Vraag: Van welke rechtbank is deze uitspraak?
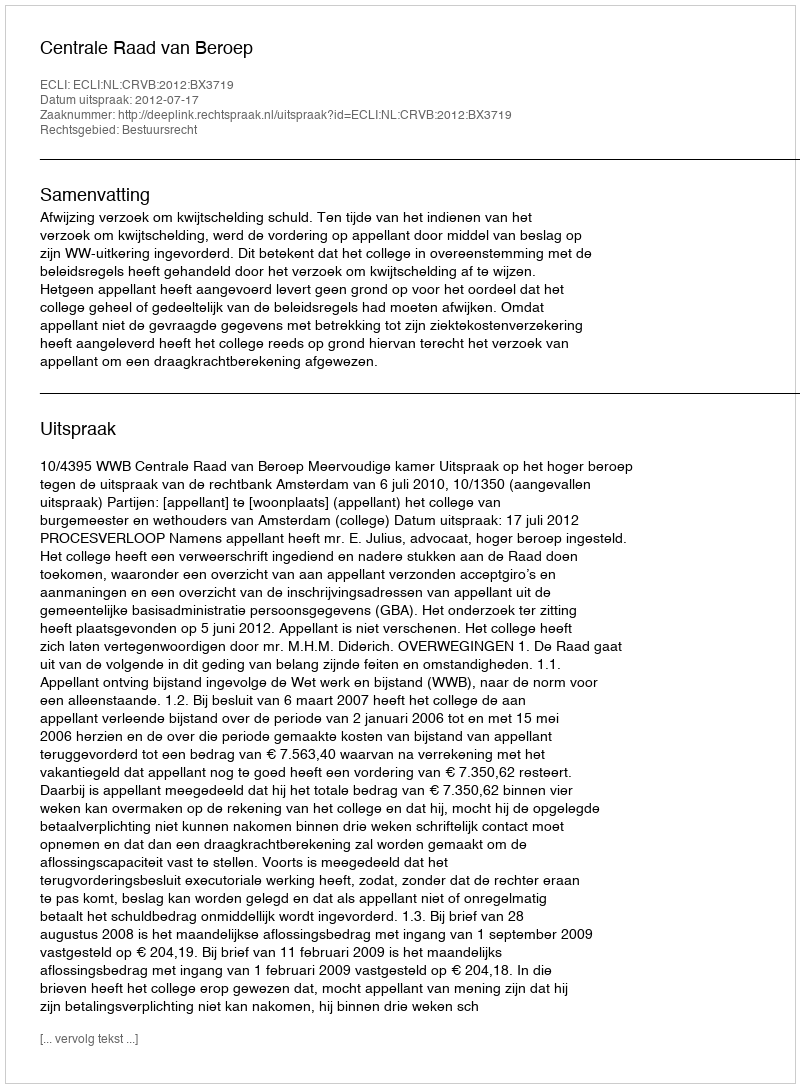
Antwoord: Centrale Raad van Beroep